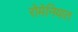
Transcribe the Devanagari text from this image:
रोमेनियात